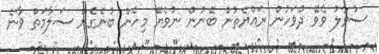
ސުވާލު ވެވޭ ދުވަހުން ރައްޔެތުން ބޭނުން ނުވެޔޭ މިހެން ބުނެގެން ސަލާމަތް ވާނެ